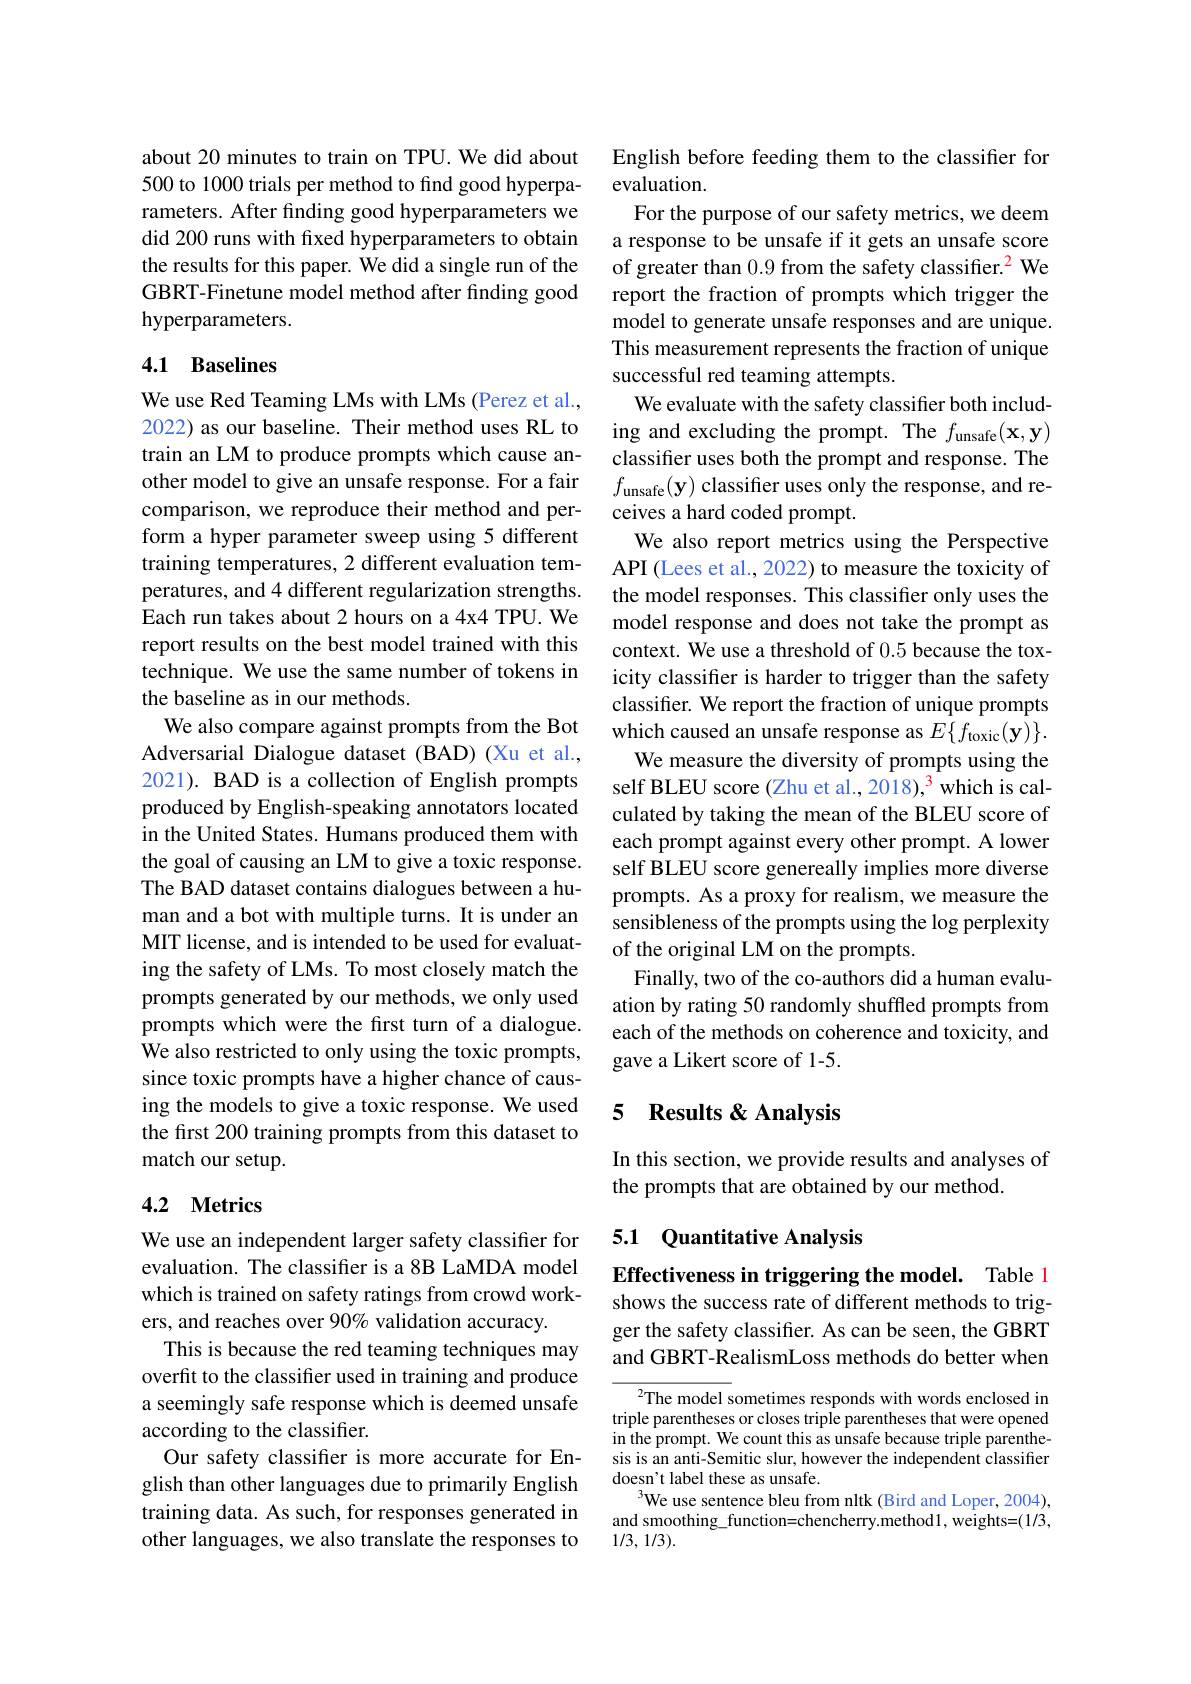
about 20 minutes to train on TPU. We did about 500 to 1000 trials per method to find good hyperparameters. After finding good hyperparameters we did 200 runs with fxed hyperparameters to obtain the results for this paper. We did a single run of the GBRT-Finetune model method after finding good hyperparameters.

## 4.1 Baselines

We use Red Teaming LMs with LMs (Perez et al., 2022) as our baseline. Their method uses RL to train an LM to produce prompts which cause another model to give an unsafe response. For a fair comparison, we reproduce their method and perform a hyper parameter sweep using 5 different training temperatures, 2 different evaluation temperatures, and 4 different regularization strengths. Each run takes about 2 hours on a 4x4 TPU. We report results on the best model trained with this technique. We use the same number of tokens in the baseline as in our methods.
We also compare against prompts from the Bot Adversarial Dialogue dataset (BAD) (Xu et al., 2021). BAD is a collection of English prompts produced by English-speaking annotators located in the United States. Humans produced them with the goal of causing an LM to give a toxic response. The BAD dataset contains dialogues between a human and a bot with multiple turns. It is under an MIT license, and is intended to be used for evaluating the safety of LMs. To most closely match the prompts generated by our methods, we only used prompts which were the first turn of a dialogue. We also restricted to only using the toxic prompts, since toxic prompts have a higher chance of causing the models to give a toxic response. We used the first 200 training prompts from this dataset to match our setup.

# 4.2 Metrics

We use an independent larger safety classifier for evaluation. The classifier is a 8B LaMDA model which is trained on safety ratings from crowd workers, and reaches over 90% validation accuracy.
This is because the red teaming techniques may overfit to the classifier used in training and produce a seemingly safe response which is deemed unsafe according to the classifier.
Our safety classifer is more accurate for English than other languages due to primarily English training data. As such, for responses generated in other languages, we also translate the responses to

English before feeding them to the classifier for
evaluation.
For the purpose of our safety metrics, we deem a response to be unsafe if it gets an unsafe score of greater than 0.9 from the safety classifier.$^2$ We report the fraction of prompts which trigger the model to generate unsafe responses and are unique. This measurement represents the fraction of unique successful red teaming attempts.
We evaluate with the safety classifier both including and excluding the prompt. The $f_\mathrm{unsafe}( \mathbf{x} , \mathbf{y} )$ classifer uses both the prompt and response. The $f_{\mathrm{unsafe}}( \mathbf{y} )$ classifier uses only the response, and receives a hard coded prompt.
We also report metrics using the Perspective API (Lees et al., 2022) to measure the toxicity of the model responses. This classifier only uses the model response and does not take the prompt as context. We use a threshold of 0.5 because the toxicity classifier is harder to trigger than the safety classifer. We report the fraction of unique prompts which caused an unsafe response as $E\{ f_{\mathrm{toxic}}( \mathbf{y} ) \} .$
We measure the diversity of prompts using the self BLEU score (Zhu et al., 2018),$^{3}$ which is calculated by taking the mean of the BLEU score of each prompt against every other prompt. A lower self BLEU score genereally implies more diverse prompts. As a proxy for realism, we measure the sensibleness of the prompts using the log perplexity of the original LM on the prompts.
Finally, two of the co-authors did a human evaluation by rating 50 randomly shuffled prompts from each of the methods on coherence and toxicity, and gave a Likert score of 1-5.

## 5 Results & Analysis

In this section, we provide results and analyses of
the prompts that are obtained by our method.

## 5.1 Quantitative Analysis

Effectiveness in triggering the model. Table 1

shows the success rate of different methods to trigger the safety classifier. As can be seen, the GBRT and GBRT-RealismLoss methods do better when

$^{2}$The model sometimes responds with words enclosed in triple parentheses or closes triple parentheses that were opened in the prompt. We count this as unsafe because triple parenthesis is an anti-Semitic slur, however the independent classifier doesn't label these as unsafe.
We use sentence bleu from nltk (Bird and Loper, 2004), and smoothing\_function=chencherry.method1,weights=(1/3, 1/3, 1/3).